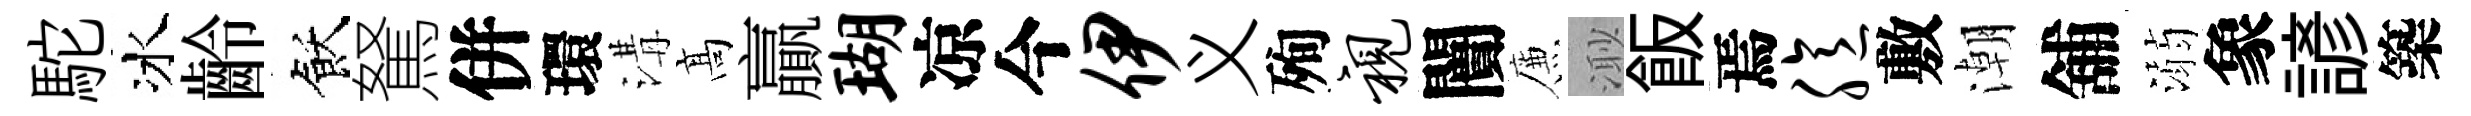
駝冰齡飫駑併環溝髙贏瑚凉今伊义殉视闠簾𣺌飯焉臆敷潮舖溺象諺築